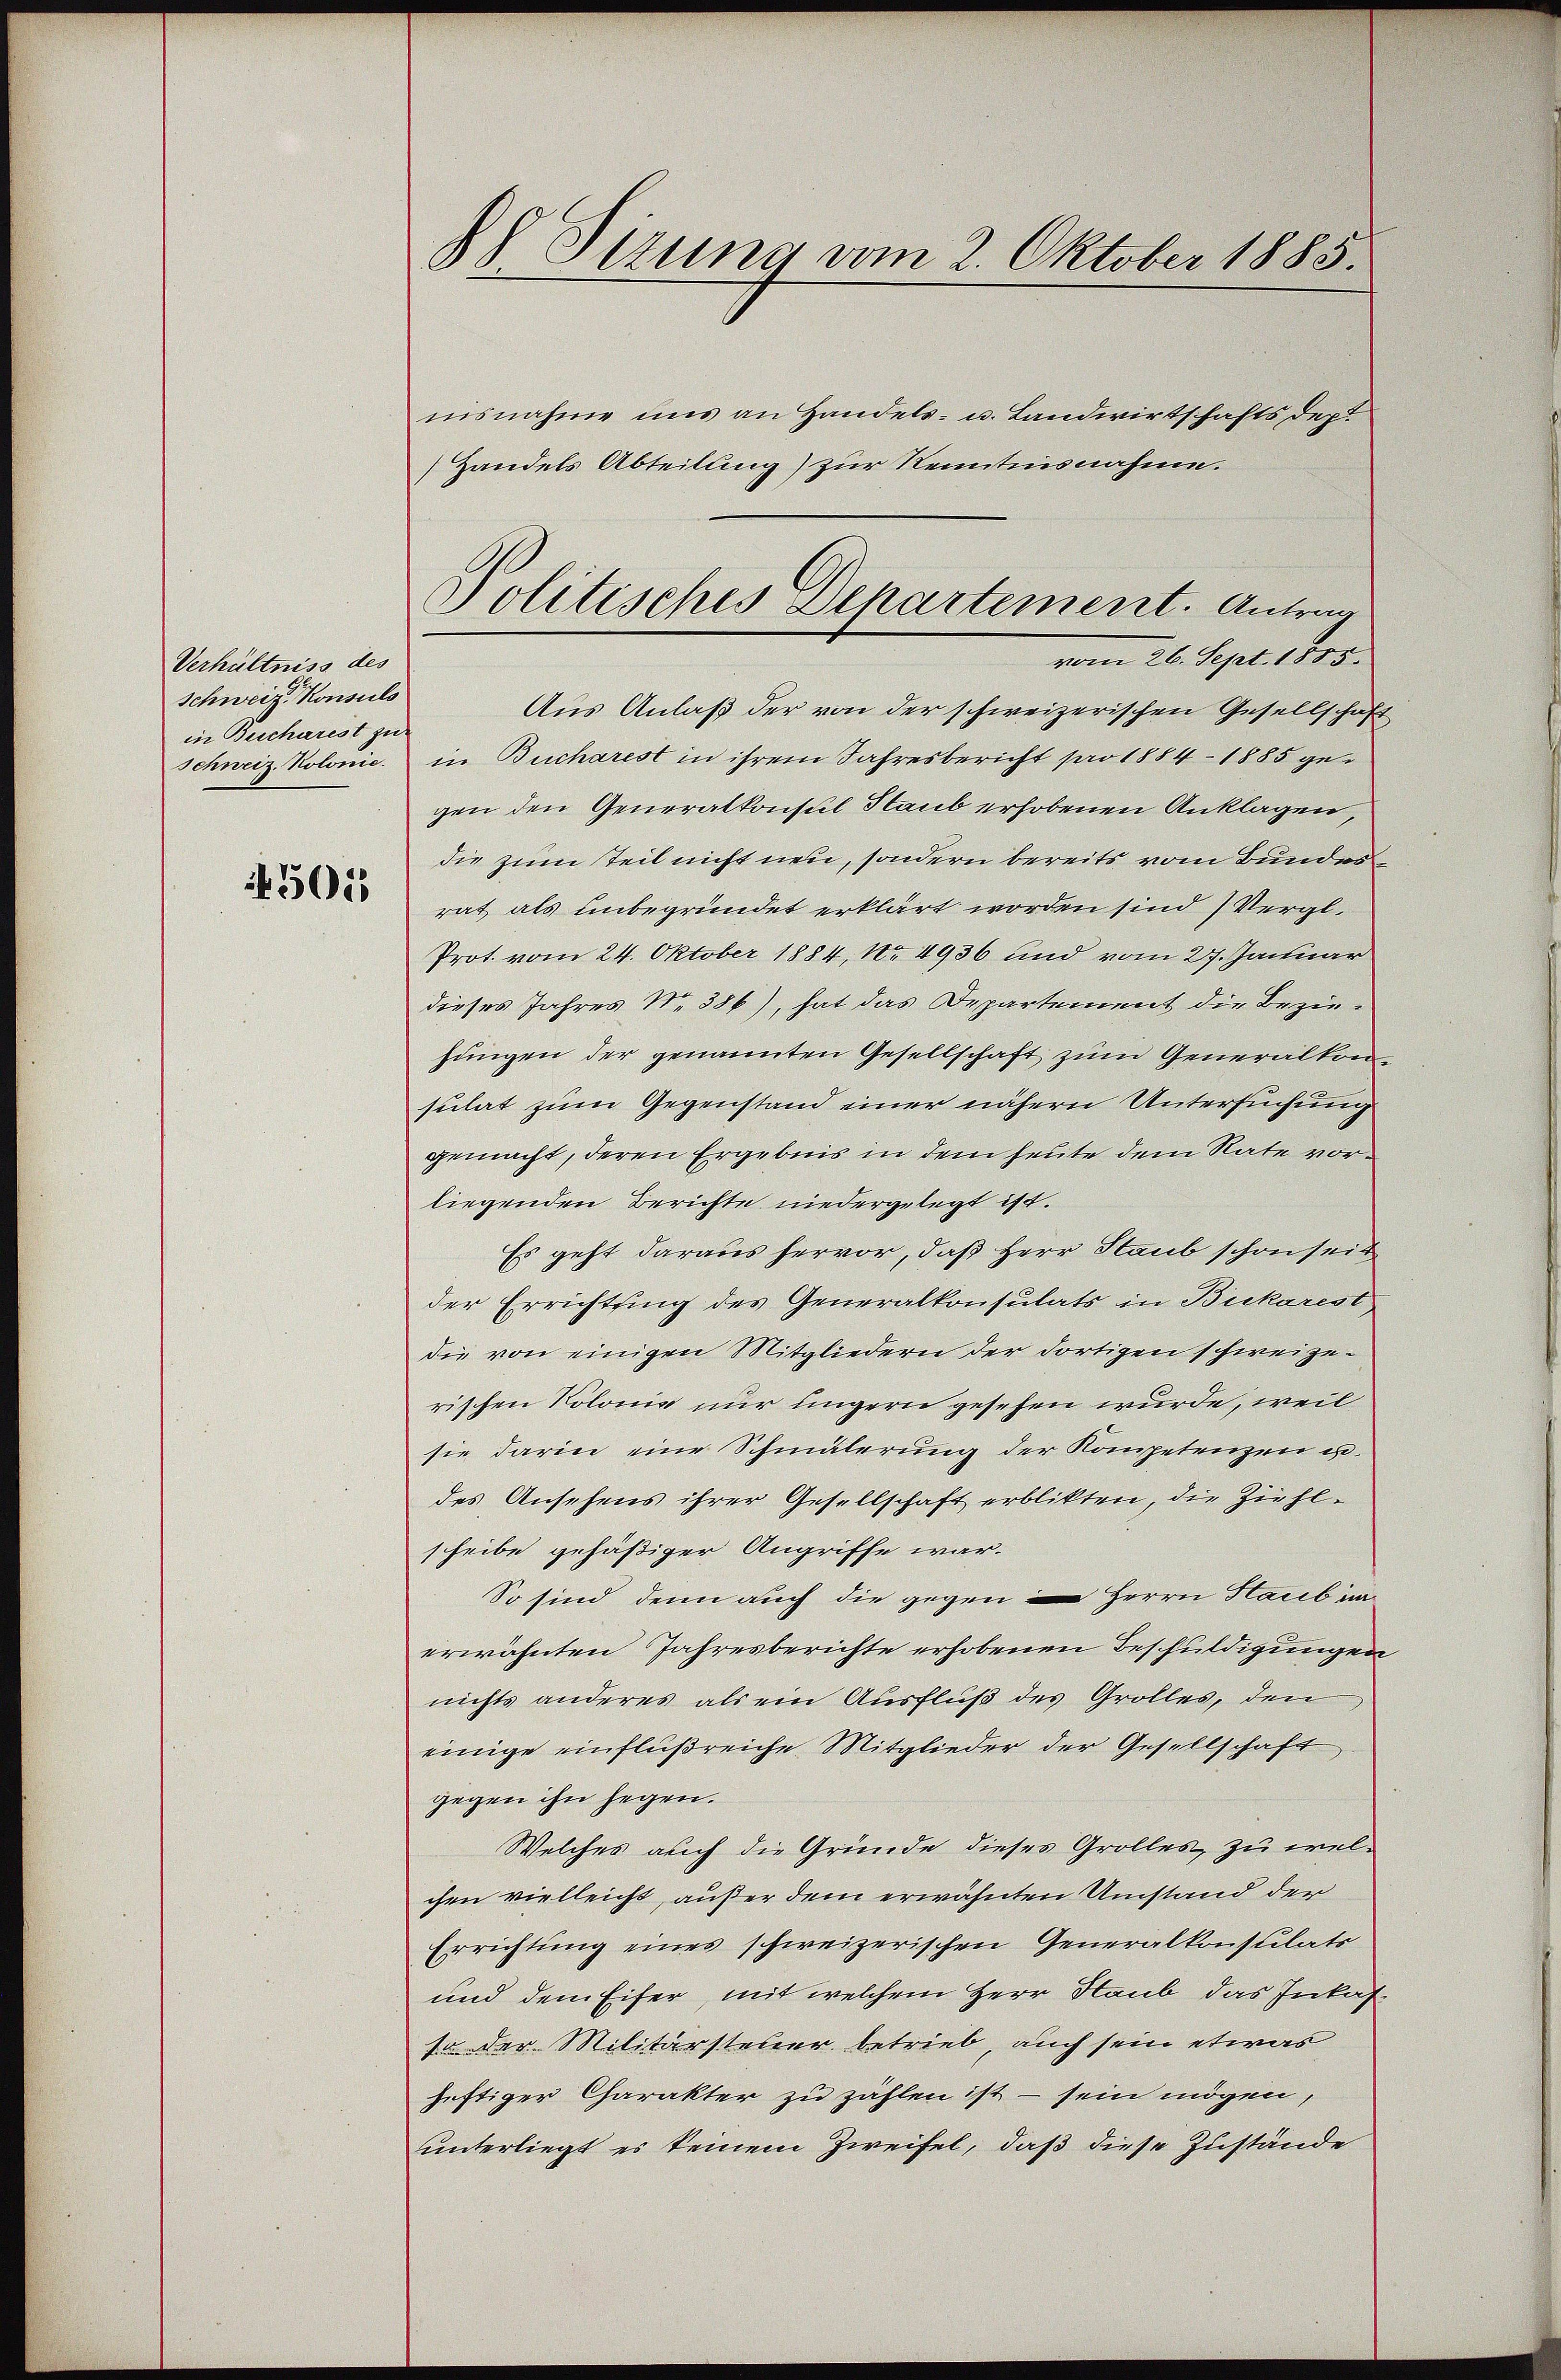
Verhältniss des
Schweiz. Konsuls
in Bucharest zu
Schweiz. Kolonie.

4505

R Sizung vom 2. Oktober 1885.

nisnahme uns an Handels- u. Landwirtschaftsdep
Handels Abteilung) zur Kenntnisnahme.
Aus Anlaß der von der schweizerischen Gesellschaft
in Bucharest in ihrem Jahresbericht pro 1884 - 1885 gegen den Generalkonsul Staub erhobenen Anklagen,
die zum Teil nicht neu, sondern bereits vom Bundesrat, als unbegründet erklärt worden sind Vergl.
Prot. vom 24. Oktober 1884, No 4936 und vom 27. Januar
dieses Jahres N. 386), hat das Departement die Beziehungen der genannten Gesellschaft zum Generalkonsulat zum Gegenstand einer nähern Untersuchung
gemacht, deren Ergebnis in dem heute dem Rate vorliegenden Berichte niedergelegt ist.
Es geht daraus hervor, daß Herr Staub schon seit
der Errichtung des Generalkonsulats in Bukarest
die von einigen Mitgliedern der dortigen schweize-
rischen Kolonie nur eingern gesehen wurde, weil
sie darin eine Schmälerung der Kompetenzen u.
des Ansehens ihrer Gesellschaft erblikten, die Ziehlscheibe gehäßiger Angriffe war.
So sind denn auch die gegen Herrn Hab unerwähnten Jahresberichte erhobenen Beschuldigungen
nichts anderes als ein Ausfluß des Grolles, den
einige einflußreiche Mitglieder der Gesellschaft
gegen ihn gegen.
Welches auch die Gründe dieses Grolles, zu welchen vielleicht, außer dem erwähnten Umstand der
Errichtung eines schweizerischen Generalkonsulats
und dem Eifer, mit welchem Herr Haub das Inkasfa der Militärsteuer betrieb, auch sein etwas
heftiger Charakter zu zählen ist - sein mögen,
unterliegt es keinem Zweifel, daß diese Zustände

Politisches Departement. Antrag
vom 26. Sept. 1888.